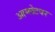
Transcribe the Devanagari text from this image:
आम्लेटवर